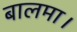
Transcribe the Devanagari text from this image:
बालमा।